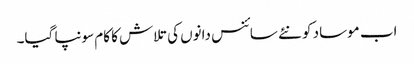
اب موساد کو نئے سائنس دانوں کی تلاش کا کام سونپا گیا۔